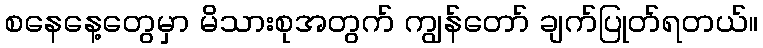
စနေနေ့တွေမှာ မိသားစုအတွက် ကျွန်တော် ချက်ပြုတ်ရတယ်။